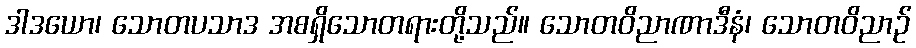
ဒါဒယော၊ သောတပသာဒ အစရှိသောတရားတို့သည်။ သောတဝိညာဏာဒီနံ၊ သောတဝိညာဉ်